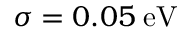
\sigma = 0 . 0 5 \; \mathrm { e V }